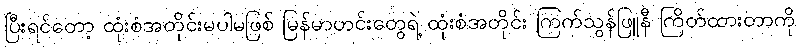
ပြီးရင်တော့ ထုံးစံအတိုင်းမပါမဖြစ် မြန်မာဟင်းတွေရဲ့ ထုံးစံအတိုင်း ကြက်သွန်ဖြူနီ ကြိတ်ထားတာကို